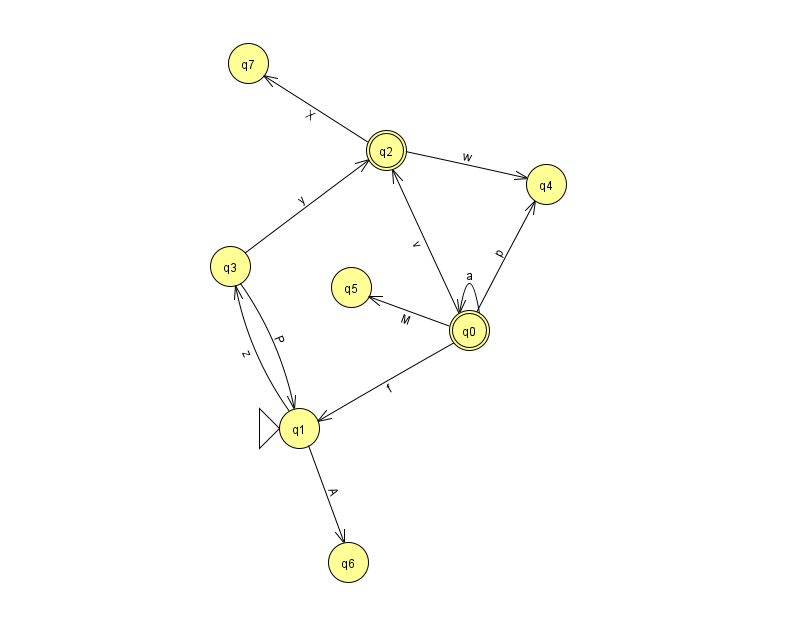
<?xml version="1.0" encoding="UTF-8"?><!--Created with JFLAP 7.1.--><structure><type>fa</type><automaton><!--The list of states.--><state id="0" name="q0"><x>469.0</x><y>317.0</y><final/></state><state id="1" name="q1"><x>299.0</x><y>415.0</y><initial/></state><state id="2" name="q2"><x>386.0</x><y>137.0</y><final/></state><state id="3" name="q3"><x>230.0</x><y>253.0</y></state><state id="4" name="q4"><x>546.0</x><y>171.0</y></state><state id="5" name="q5"><x>351.0</x><y>274.0</y></state><state id="6" name="q6"><x>348.0</x><y>549.0</y></state><state id="7" name="q7"><x>248.0</x><y>50.0</y></state><!--The list of transitions.--><transition><from>2</from><to>4</to><read>w</read></transition><transition><from>0</from><to>0</to><read>a</read></transition><transition><from>3</from><to>2</to><read>y</read></transition><transition><from>0</from><to>2</to><read>v</read></transition><transition><from>0</from><to>4</to><read>p</read></transition><transition><from>0</from><to>5</to><read>M</read></transition><transition><from>2</from><to>7</to><read>X</read></transition><transition><from>3</from><to>1</to><read>P</read></transition><transition><from>1</from><to>6</to><read>A</read></transition><transition><from>0</from><to>1</to><read>f</read></transition><transition><from>1</from><to>3</to><read>z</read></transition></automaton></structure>